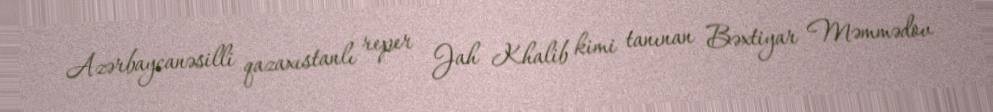
Azərbaycanəsilli qazaxıstanlı reper Jah Khalib kimi tanınan Bəxtiyar Məmmədov